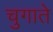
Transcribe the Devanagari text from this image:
चुगाते